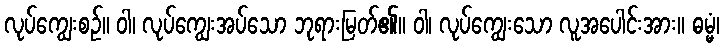
လုပ်ကျွေးစဉ်။ ဝါ၊ လုပ်ကျွေးအပ်သော ဘုရားမြတ်၏။ ဝါ၊ လုပ်ကျွေးသော လူအပေါင်းအား။ ဓမ္မံ၊